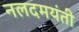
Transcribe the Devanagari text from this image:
नलदमयंती